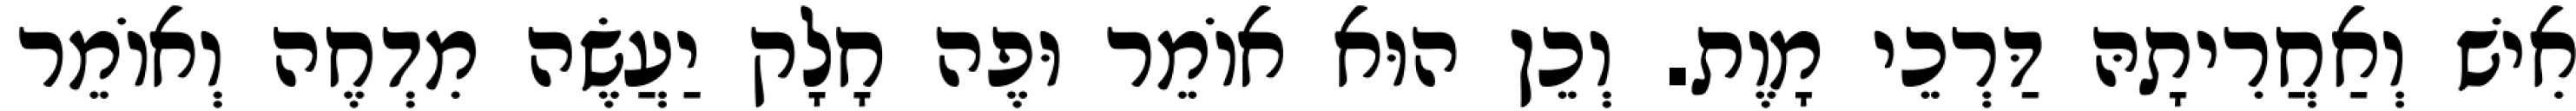
אִישׁ וְאַחֲרִיתָהּ דַּרְכֵי מָוֶת. וְכֵן הוּא אוֹמֵר וּפֶה חָלָק יַעֲשֶׂה מִדְחֶה וְאוֹמֵר